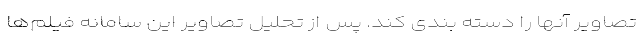
تصاویر آنها را دسته بندی کند. پس از تحلیل تصاویر این سامانه فیلم‌ها